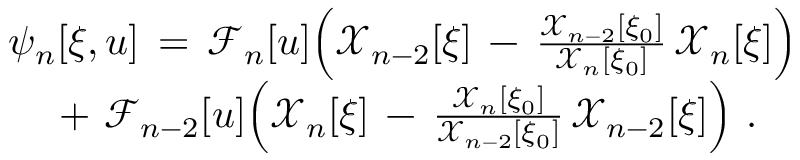
\begin{array} { r } { \psi _ { n } [ \xi , u ] \, = \, \mathcal { F } _ { n } [ u ] \Big ( \mathcal { X } _ { n - 2 } [ \xi ] \, - \, \frac { \mathcal { X } _ { n - 2 } [ \xi _ { 0 } ] } { \mathcal { X } _ { n } [ \xi _ { 0 } ] } \, \mathcal { X } _ { n } [ \xi ] \Big ) } \\ { + \, \, \mathcal { F } _ { n - 2 } [ u ] \Big ( \mathcal { X } _ { n } [ \xi ] \, - \, \frac { \mathcal { X } _ { n } [ \xi _ { 0 } ] } { \mathcal { X } _ { n - 2 } [ \xi _ { 0 } ] } \, \mathcal { X } _ { n - 2 } [ \xi ] \Big ) \ . \ \ \ } \end{array}